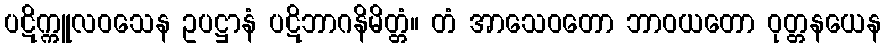
ပဋိက္ကူလဝသေန ဥပဋ္ဌာနံ ပဋိဘာဂနိမိတ္တံ။ တံ အာသေဝတော ဘာဝယတော ဝုတ္တနယေန